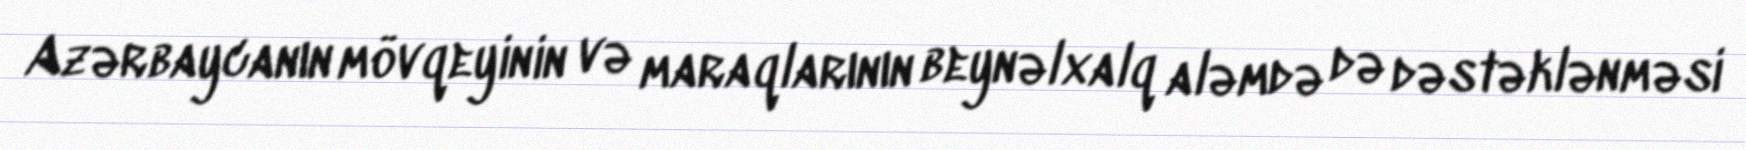
Azərbaycanın mövqeyinin və maraqlarının beynəlxalq aləmdə də dəstəklənməsi